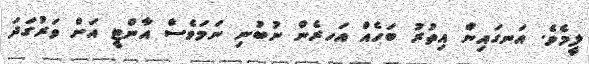
ލީމެވެ. އަނގައިން އިތުރު ބަހެއް އަހރެން ނުބުނި ނަމަވެސް އާންޓީ އަށް ވަރުގަދަ